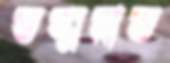
ভস্মসাত